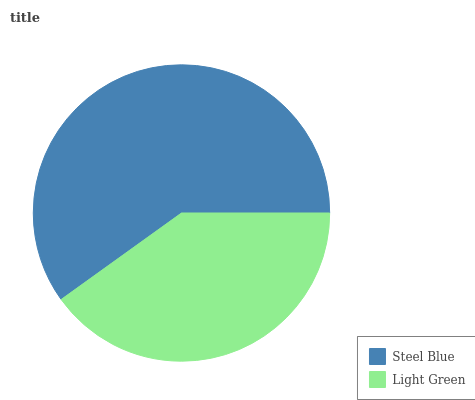
| Steel Blue | Light Green |
 | --- | --- |
 | 59.9% | 40.1% |